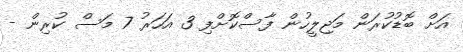
އަށް ބޮޑުކުރަން މަޖިލީހުން ފާސްކޮށްފި 3 އަހަރު 7 މަސް ކުރިން -